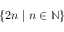
\{ 2 n \mid n \in \mathbb { N } \}